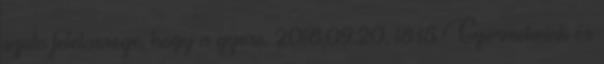
szulo felelossege, hogy a gyere. 2018.09.20. 18:15 Gyermekeink és